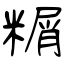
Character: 糏